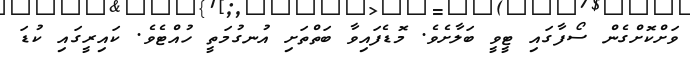
ވަށްކޮށްގެން ސޯފާގައި ޓީވީ ބަލާށެވެ. މޮޑެފައިވާ ބަތްތަށި އުނގުމަތީ ހުއްޓެވެ. ކައިރީގައި ކުޑަ